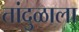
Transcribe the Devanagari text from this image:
तांदुळाला